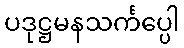
ပဒုဋ္ဌမနသင်္ကပ္ပေါ